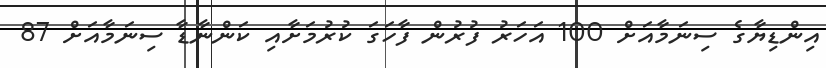
އިންޑިޔާގެ ސިނަމާއަށް 100 އަހަރު ފުރުން ފާހަގަ ކުރުމަށާއި ކަންނާޑާ ސިނަމާއަށް 87